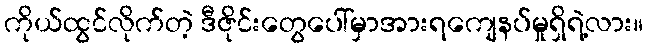
ကိုယ်ထွင်လိုက်တဲ့ ဒီဇိုင်းတွေပေါ်မှာအားရကျေနပ်မှုရှိရဲ့လား။